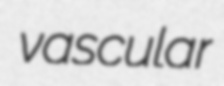
vascular